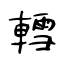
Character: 轌